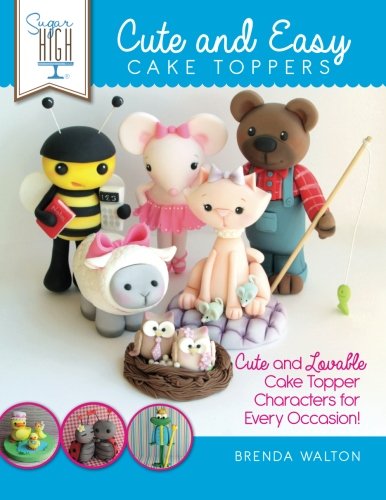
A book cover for Sugar High Presents.... Cute & Easy Cake Toppers: Cute and Lovable Cake Topper Characters for Every Occasion!; Brenda Walton; Cookbooks, Food & Wine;